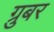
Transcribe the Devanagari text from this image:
ग्रुबर